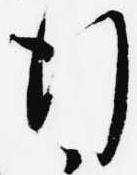
行